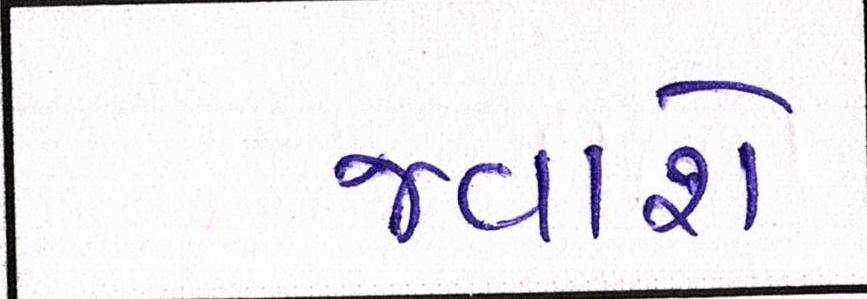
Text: જવાશે